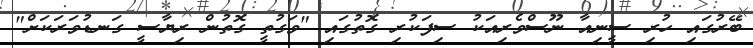
ބޭރުގައި ހުރި ސީނިއާ ނޫސްވެރިއަކު ސިފަކުރި ގޮތުގައި "ވަގުތީ ގޮތުން ރިޔާސީ ގަނޑުވަރަކަށް"